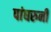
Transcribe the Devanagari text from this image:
पांघरुनी